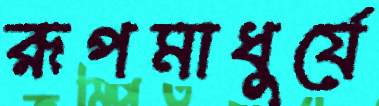
রূপমাধুর্যে